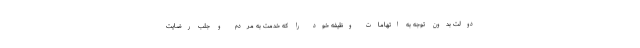
دولت بدون توجه به اتهامات وظیفه خود را که خدمت به مردم و جلب رضایت